Civil Veterinary Dept. Assam report 1927-50 - 1927-1950
Year: 1927
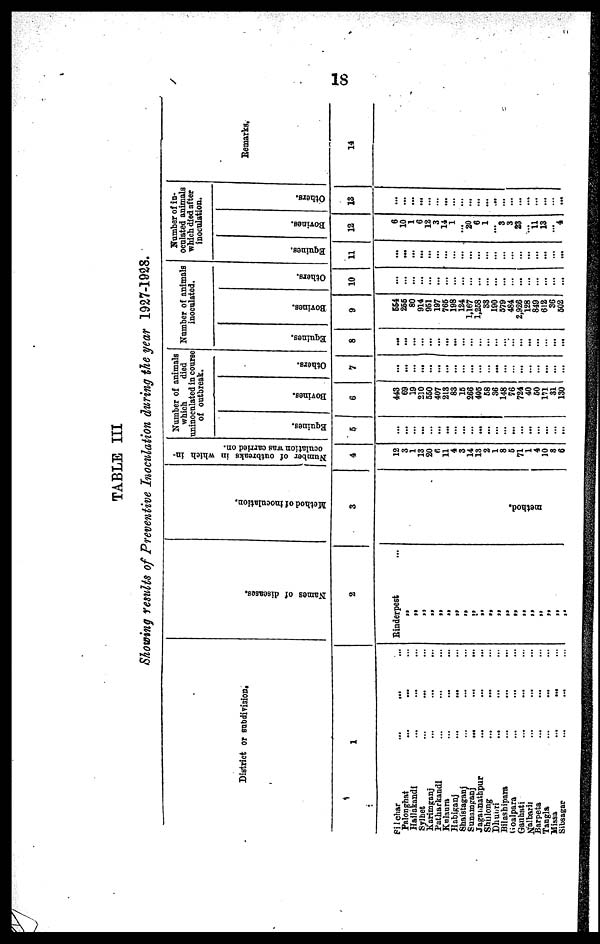
18
TABLE III
Showing results of Preventive Inoculation during the year 1927-1928.
District or subdivision.
1
Silchar
... ... ...
Palonghat ... ... ...
Hailakandi ... ... ...
Sylhet ... ... ...
Karimganj ... ... ...
Patharkandi ... ... ...
Kulaura ... ... ...
Habiganj
...
... ...
Shaistaganj ... ... ...
Sunamganj
... ... ...
Jagannathpur ... ... ...
Shnlong
...
... ...
Dhubri
... ... ...
Bilashipara ... ... ...
Goalpara ... ... ...
Gauhati ... ... ...
Nalbari ... ... ...
Barpeta ... ... ...
Tangla ... ... ...
Missa
...
... ...
Sibsagar
...
...
Na me s of di s eas es .
2
Rinderpest ...
„
„
„
„
„
„ „
„
„ „
„
„
„
„
„
„
„
„
„ „
Me thod of i
nocul at i
on.
3
method.
Number of outbreaks in which in-
oculation was carried on.
4
12
3
1
13
20
6
11
4
3
14
13
2
1
8
5
71
1
4
10
3
6
Number of animals
which
died
uninoculated in cours
of outbreak.
Equines.
5
...
...
...
...
...
...
...
...
...
...
...
...
...
...
...
...
...
...
Bovines.
6
443
69
19
210
550
407
213
83
15
266
405
58
36
148
76
724
40
50
171
31
130
Others.
7
...
...
...
...
...
...
...
...
...
...
...
...
...
...
...
...
...
...
...
...
...
Number of animals
inoculated.
Equines.
8
...
...
...
...
...
...
...
...
...
...
...
...
...
...
...
...
Bovines.
9
654
255
80
914
951
197
765
198
124
1,167
1,258
33
190
579
484
2,926
128
849
612
36
502
Others.
10
...
...
...
...
...
...
...
...
...
...
...
...
...
...
...
...
...
...
...
...
...
Number of in-
oculated animals
which died after
inoculation.
Equines.
11
...
...
...
...
...
...
...
...
...
...
...
...
...
...
...
...
...
...
...
...
...
Bovines.
12
6
10
1
6
12
3
14
1
... 20
6
1
... 3
3
23
...
11 13
... 4
Others.
13
...
...
...
...
...
...
...
...
...
...
...
...
...
...
...
...
...
...
...
Remarks.
14